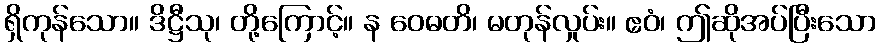
ရှိကုန်သော။ ဒိဋ္ဌီသု၊ တို့ကြောင့်။ န ဝေဓတိ၊ မတုန်လှုပ်း။ ဧဝံ၊ ဤဆိုအပ်ပြီးသော